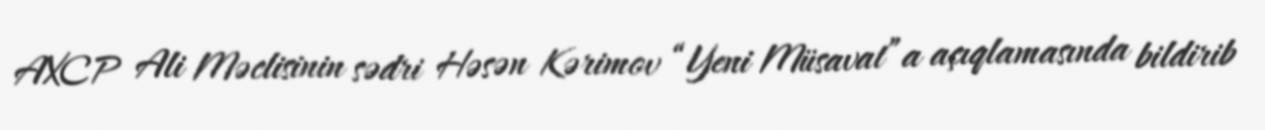
AXCP Ali Məclisinin sədri Həsən Kərimov “Yeni Müsavat”a açıqlamasında bildirib